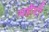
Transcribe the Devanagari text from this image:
महेंगी